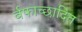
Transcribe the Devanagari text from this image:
र्बफाच्छादित